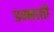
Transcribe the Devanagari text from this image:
डम्नाती